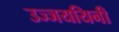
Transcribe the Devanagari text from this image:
उज्जययिनी